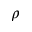
\rho